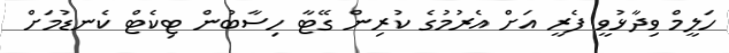
ހަލީމް ވިދާޅުވީ ފެރީ އަށް އެރުމުގެ ކުރިން ގޭޓާ ހިސާބުން ޓިކެޓް ކެނޑުމަށް